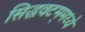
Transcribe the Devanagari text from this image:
सिद्धवटम्‌मध्ये